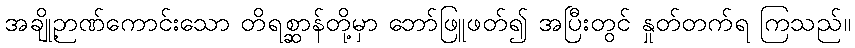
အချို့ဉာဏ်ကောင်းသော တိရစ္ဆာန်တို့မှာ ဘော်ဖြူဖတ်၍ အပြီးတွင် နှုတ်တက်ရ ကြသည်။